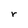
Character: r